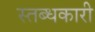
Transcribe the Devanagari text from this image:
स्तब्धकारी